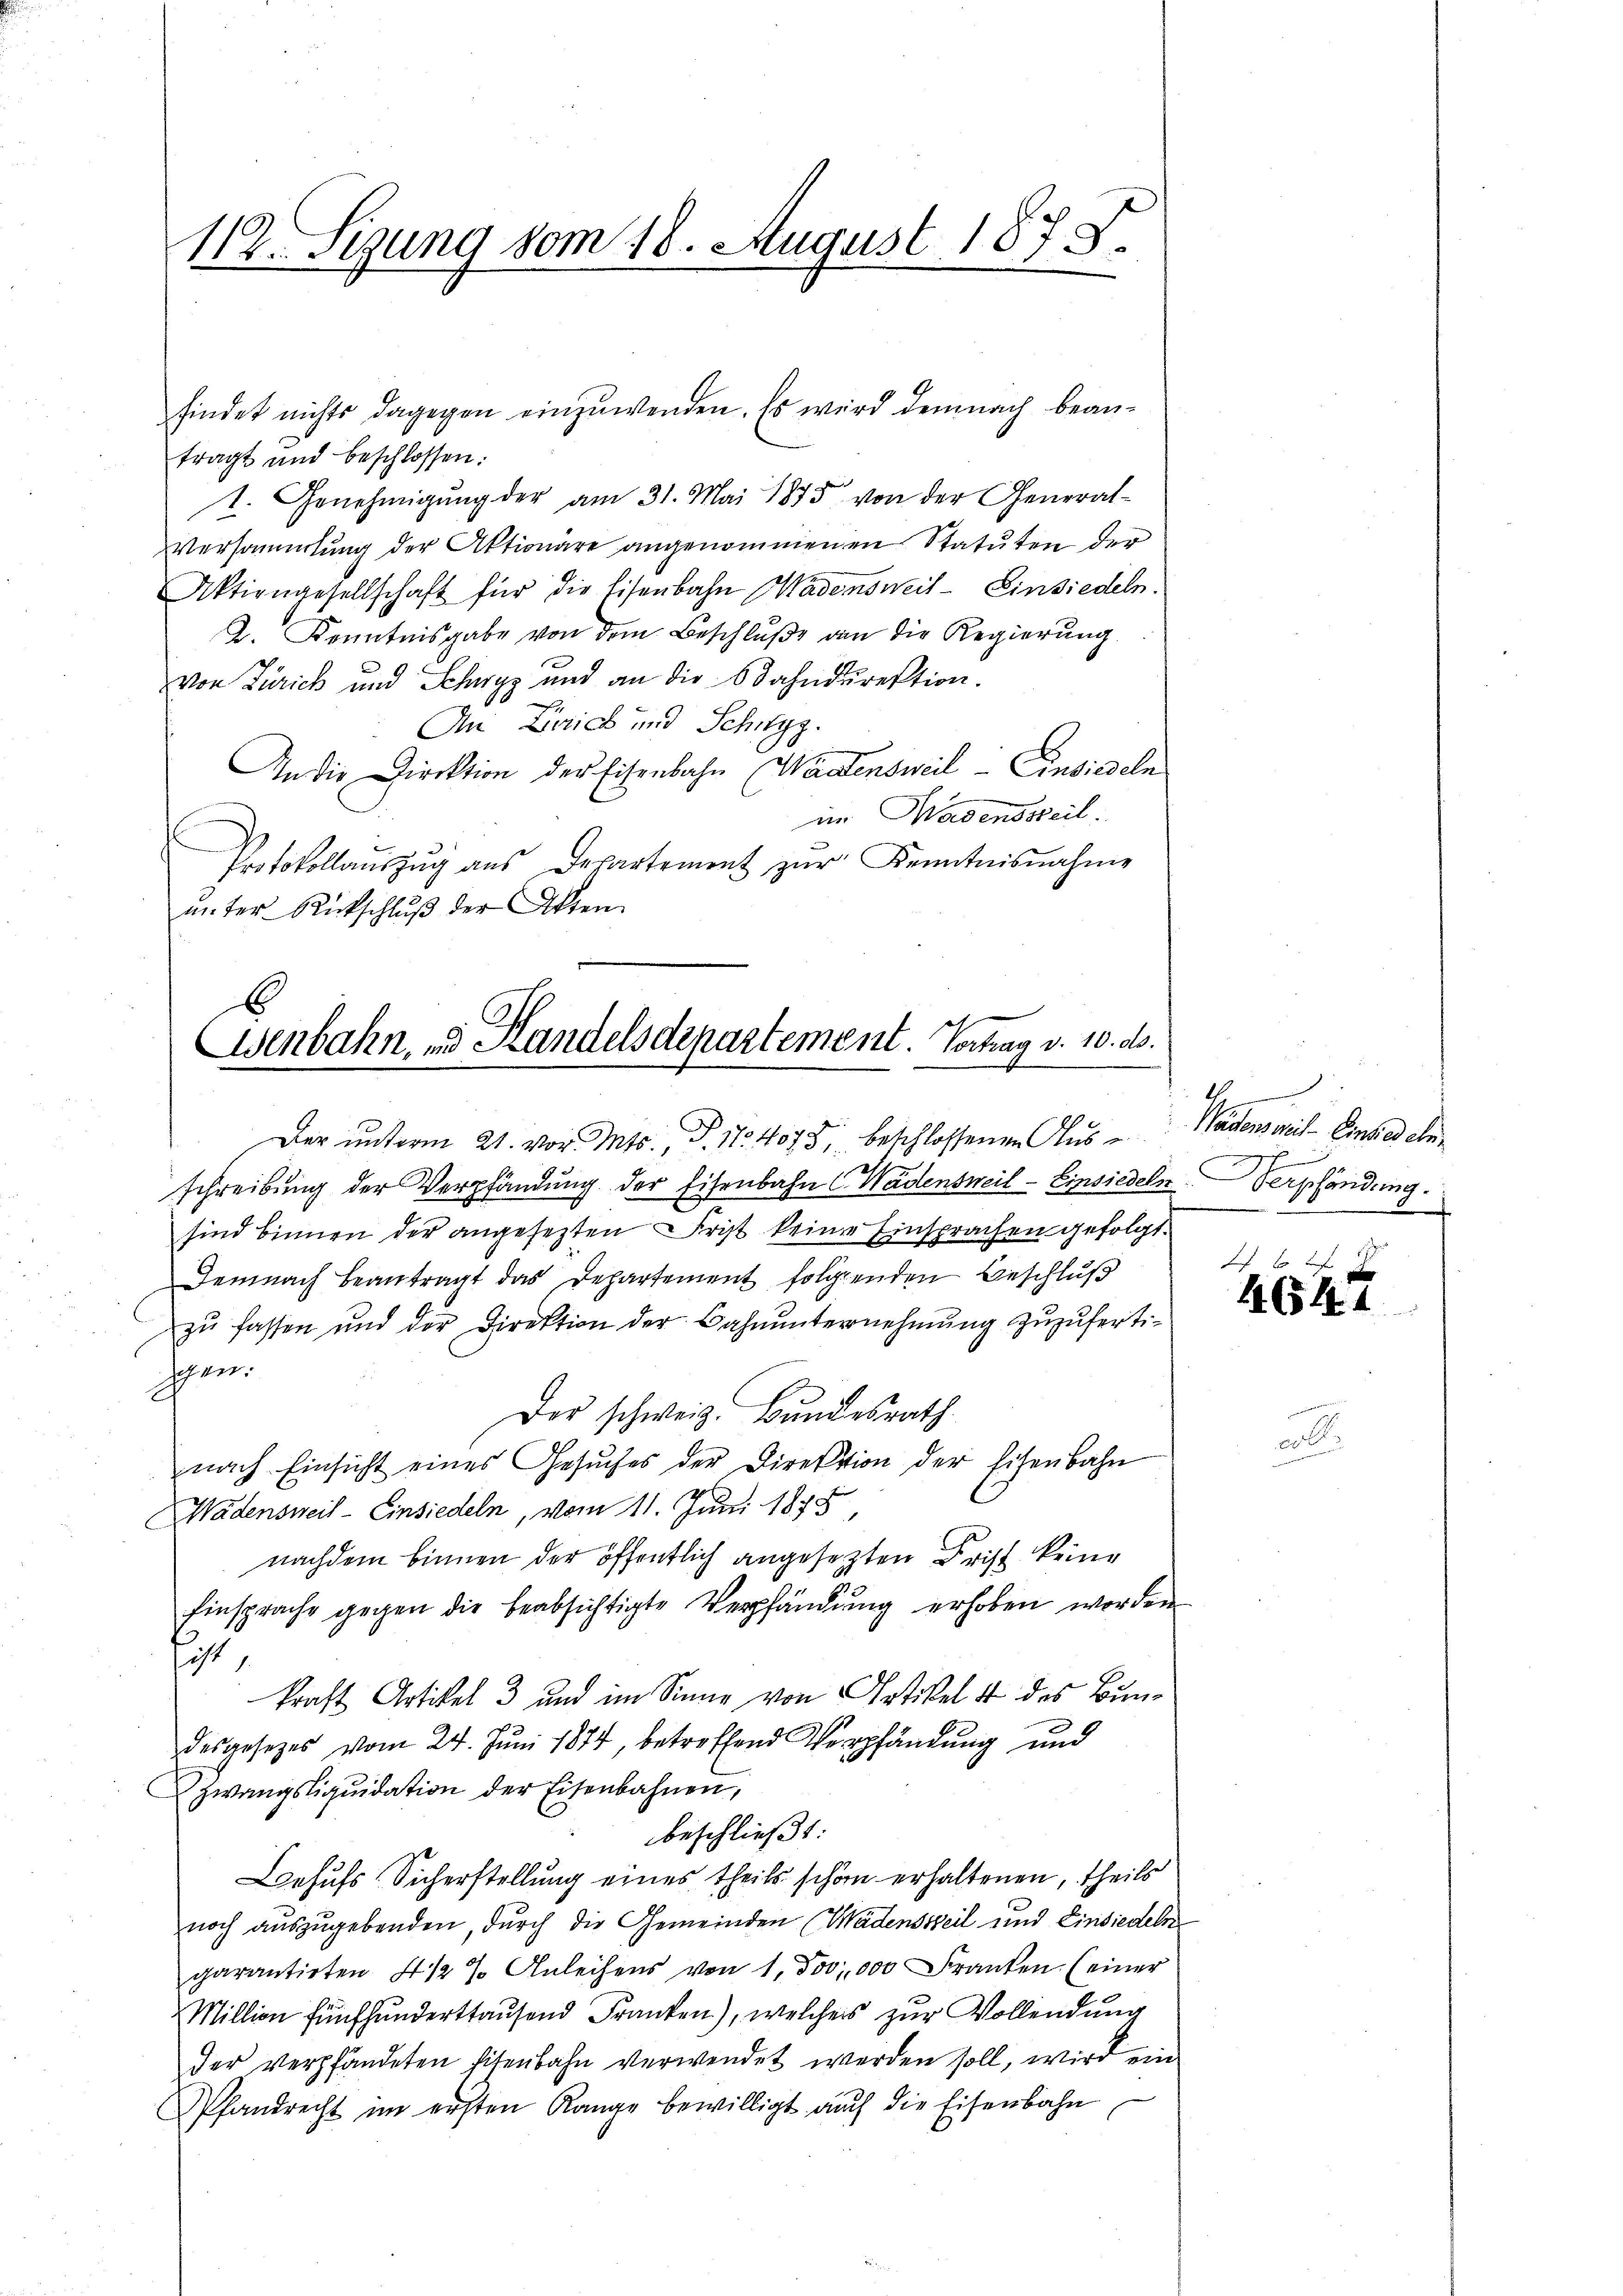
112. Sizung vom 18. August 1878.

tragt und beschlossen:
1. Genehmigŭng der am 31. Mai 1875 von der General-
Versammlung der Aktionare angenommenen Statuten der
Aktiengesellschaft für die Eisenbahn Wadensweil Einsiedeln.
2. Kenntnisgabe von dem Beschluße an die Regierung
von Zürich und Schwyz und an die Odahndirektion.
An Laich und Schwyz.
An die Direktion der Eisenbahn Wastensweil Einsiedeln
in Wadenssteil.
s
Protokollaŭszŭg ans Departement zŭr Kenntnisnahme
unter Rückschluß der Akten

findet nichts dagegen einzuwenden. Es wird demnach bean¬

E
Wenbahn, und Handelsdepartement. Vortrag v. 10. ds.

Der unterm 21. vor. Mts. S. Nr. 4078, beschlossenen Aus¬

schreibung der Verpfändung der Eisenbahn Wädensweil - Einsiedeln
sind binnen der angesezten Frist keine Einsprachen gefolgt.
Demnach beantragt das Departement folgenden Beschluß
zŭ fassen und der Direktion der Bahnŭnternehmung zuzuferti-
schwer
Der schweiz. Bundesrath.
nach Einsicht eines Gesuches der Direktion der Eisenbahn
Wädensweil - Einsiedeln, vom 11. Juni 1875,
nachdem binnen der öffentlich angesezten Frist keine
Einsprache gegen die beabsichtigte Verpfändung erhoben worden.
sist
kraft Artikel 3 und im Sinne von Artikel 4 des Bundesgesetzes vom 24. Juni 1874, betreffend Verpfändung und
Zwangsliquidation der Eisenbahnen,
beschließt:
Behufs Sicherstellung eines theils schön erhaltenen, theils
noch auszugebenden, durch die Gemeinden (Wädenseil und Einsiedeln
garantirten 4 1/2 % Anleihens von 1, Jov, 000 Franken. (einer
Million fünfhunderttausend Franken), welches zur Vollendung
der verpfändeten sitenbahn verwendet werden soll, wird ein
Pfandrecht im ersten Range bewilligt auch die Eisenbahn

2
Wädensweil Einsiedeln.
h
Verpfändung.

1644